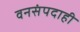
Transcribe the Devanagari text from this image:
वनसंपदाही